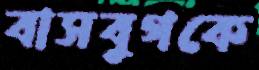
বাসবুগকে